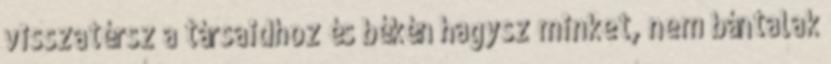
visszatérsz a társaidhoz és békén hagysz minket, nem bántalak